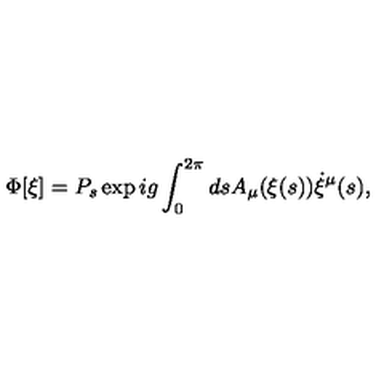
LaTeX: \Phi [ \xi ] = P _ { s } \exp i g \int _ { 0 } ^ { 2 \pi } d s A _ { \mu } ( \xi ( s ) ) \dot { \xi } ^ { \mu } ( s ) ,